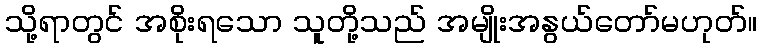
သို့ရာတွင် အစိုးရသော သူတို့သည် အမျိုးအနွယ်တော်မဟုတ်။